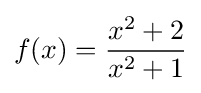
f(x)={\frac {x^{2}+2}{x^{2}+1}}